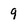
Character: 9